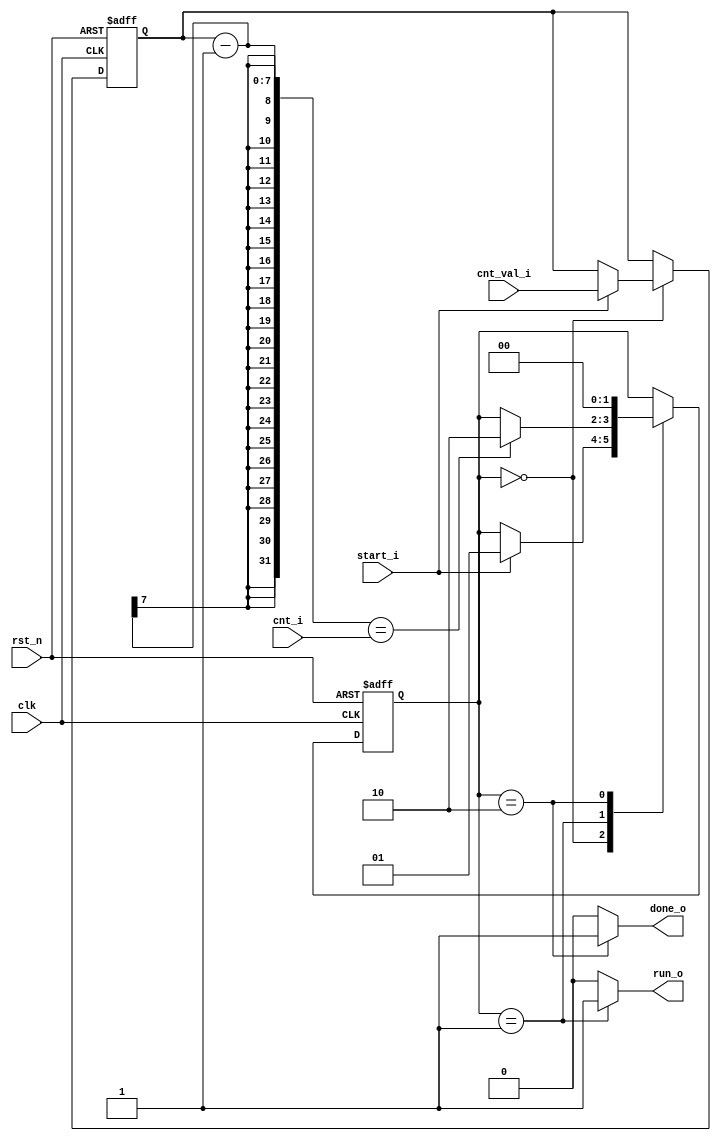
module Counter_Controller #(
    parameter   DWIDTH = 7
)(
    input                   clk,
    input                   rst_n,
    input                   start_i,
    input   [DWIDTH-1:0]    cnt_val_i,
    input   [DWIDTH-1:0]    cnt_i,
    output                  run_o,
    output                  done_o
);

    localparam  S_IDLE = 2'b00,
                S_RUN  = 2'b01,
                S_DONE = 2'b10;

    reg     [1:0]           state, state_n;
    reg     [DWIDTH-1:0]    cnt_val, cnt_val_n;
    
    reg                     run,
                            done;


    always @(posedge clk, negedge rst_n) begin
        if (!rst_n) begin
            state   <= S_IDLE;
            cnt_val <= {(DWIDTH){1'b0}};
        end else begin
            state   <= state_n;
            cnt_val <= cnt_val_n;
        end
    end

    always @(*) begin
        state_n     = state;
        cnt_val_n   = cnt_val;
        
        run         = 1'b0;
        done        = 1'b0;
        
        case (state)
            S_IDLE: begin
                if (start_i) begin
                    state_n     = S_RUN;
                    cnt_val_n   = cnt_val_i;
                end
            end
            S_RUN: begin
                run             = 1'b1;
                if (cnt_val-1 == cnt_i) begin
                    state_n     = S_DONE;
                end
            end
            S_DONE: begin
                done            = 1'b1;
                state_n         = S_IDLE;
            end
        endcase
    end
    
    assign run_o    = run;
    assign done_o   = done;

endmodule //counter_controller